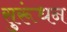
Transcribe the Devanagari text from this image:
सुरूंधन